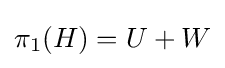
\pi _{1}(H)=U+W